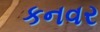
કનવર